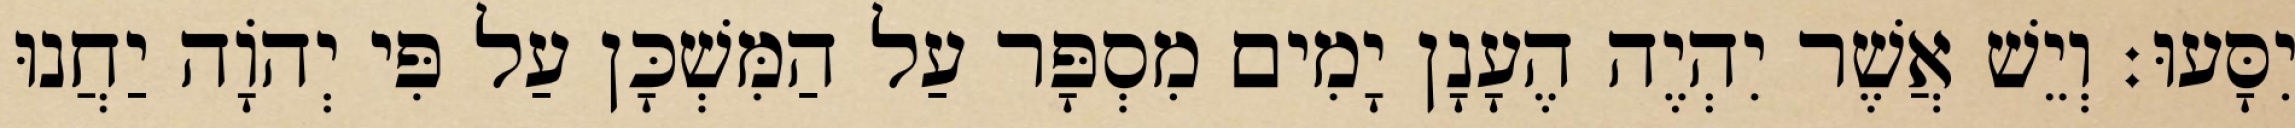
יִסָּעוּ׃ וְיֵשׁ אֲשֶׁר יִהְיֶה הֶעָנָן יָמִים מִסְפָּר עַל הַמִּשְׁכָּן עַל פִּי יְהוָֹה יַחֲנוּ